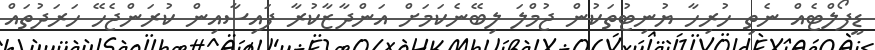
ޑީފޯލްޓެއް ނެތި ހުރިހާ ޔުނިޓުތަކުން ޖުމްލަ ލިބޭނެކަމަށް އަންދާޒާކުރާ ފައިސާއިން ކުރަންޖެހޭ ހަރަދުތައް